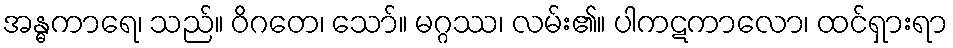
အန္ဓကာရေ၊ သည်။ ဝိဂတေ၊ သော်။ မဂ္ဂဿ၊ လမ်း၏။ ပါကဋကာလော၊ ထင်ရှားရာ